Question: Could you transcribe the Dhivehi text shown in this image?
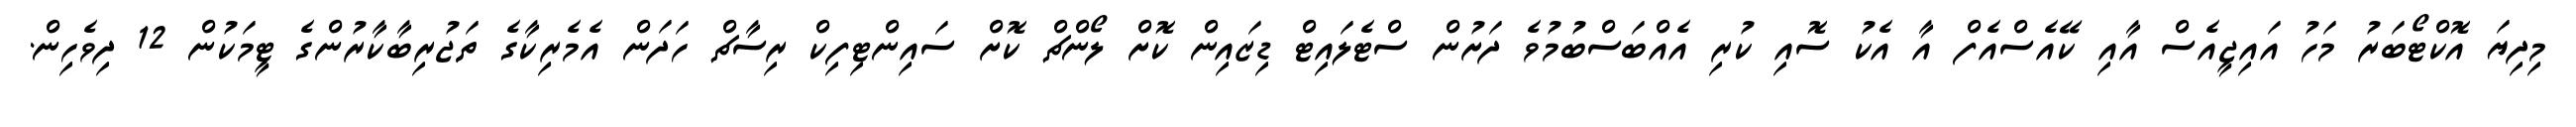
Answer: މިދިޔަ އޮކްޓޯބަރު މަހު އައިޖީއެސް އާއި ކޭއެސްއެފް އާ އެކު ސޮއި ކުރި އެއްބަސްބުމުވެ ދަށުން ސްޓެލައިޓް ޑިޒައިން ކޮށް ލޯންޗް ކޮށް ސައިންޓިފިކް ރިސާޗް ހަދަން އެމެރިކާގެ ތަޖުރިބާކާރުންގެ ޓީމަކުން 12 ދިވެހިން.